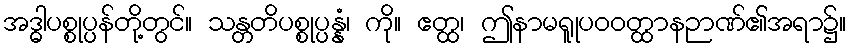
အဒ္ဓါပစ္စုပ္ပန်တို့တွင်။ သန္တတိပစ္စုပ္ပန္နံ၊ ကို။ ဧတ္ထ၊ ဤနာမရူုပဝဝတ္ထာနဉာဏ်၏အရာ၌။